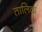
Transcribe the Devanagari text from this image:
तालिक